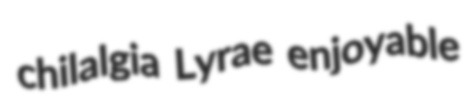
chilalgia Lyrae enjoyable